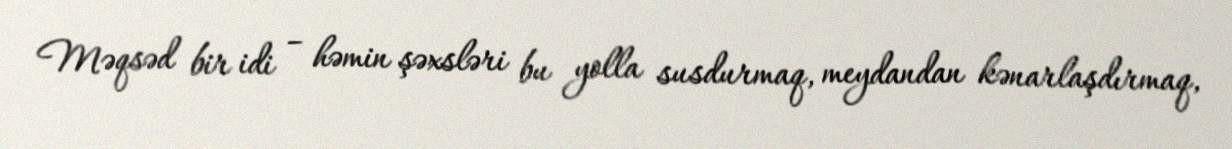
Məqsəd bir idi – həmin şəxsləri bu yolla susdurmaq, meydandan kənarlaşdırmaq,